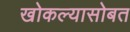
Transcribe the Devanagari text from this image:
खोकल्यासोबत